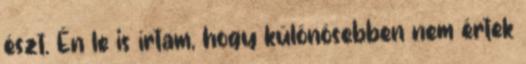
észt. Én le is írtam, hogy különösebben nem értek